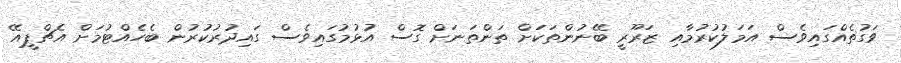
ވަގުތެއްގައިވެސް އަމަލުކުރުމާއި ޒަރޫރީ ބޭނުންތަކަށް ތަންތަނަށް ގޮސް އުޅުމުގައިވެސް ގައިދުރުކުރުން ބެހެއްޓުމަށް އެޗްޕީއޭ